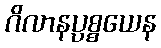
ဂိလာနပ္ပစ္စယေန